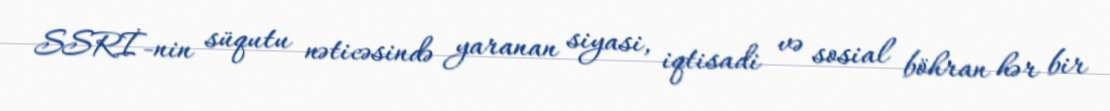
SSRİ-nin süqutu nəticəsində yaranan siyasi, iqtisadi və sosial böhran hər bir